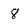
Character: 8